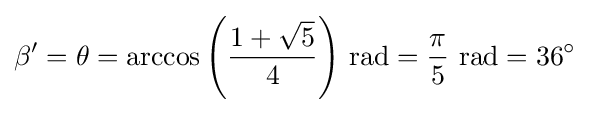
\beta '=\theta =\arccos \left({\frac {1+{\sqrt {5}}}{4}}\right)\,{\text{rad}}={\pi  \over 5}~{\text{rad}}=36^{\circ }